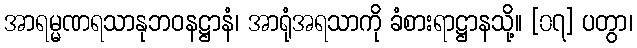
အာရမ္မဏရသာနုဘဝနဋ္ဌာနံ၊ အာရုံအရသာကို ခံစားရာဋ္ဌာနသို့။ [၀၇] ပတွာ၊